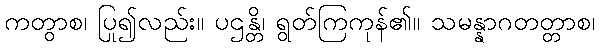
ကတွာစ၊ ပြု၍လည်း။ ပဌန္တိ၊ ရွတ်ကြကုန်၏။ သမန္နာဂတတ္တာစ၊